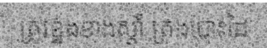
ត្រូវខ្នងខាងស្តាំ ត្រងបោះដៃ